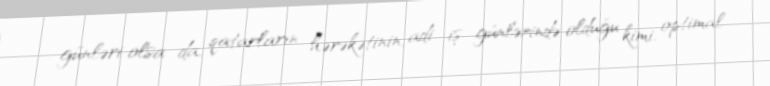
günləri olsa da, qatarların hərəkətinin, adi iş günlərində olduğu kimi, optimal